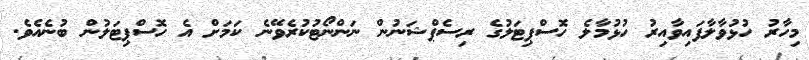
މިހާރު ހުޅުވާލާފައިވާއިރު ހުޅުމާލެ ހޮސްޕިޓަލުގެ ރިސެޕްޝަނުން ނަންނޯޓުކުރެވޭނެ ކަމަށް އެ ހޮސްޕިޓަލުން ބުނެއެވެ.